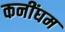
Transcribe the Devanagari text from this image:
कनींघम